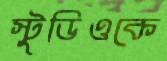
স্টুডিওকে